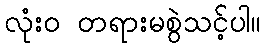
လုံး၀ တရားမစွဲသင့်ပါ။